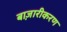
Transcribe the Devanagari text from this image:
बाज़ारीकरण